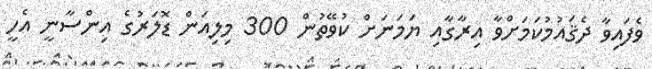
ވެފައިވާ ދެޤައުމުކަމަށްވާ އިރާގާއި ޔަމަނަށް ކުވޭތުން 300 މިލިއަން ޑޮލަރުގެ އިންސާނީ އެހީ